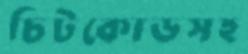
চিটকোডসহ